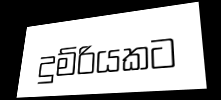
දුම්රියකට